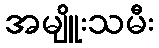
အမျိူးသမီး